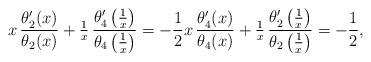
LaTeX: \begin{align*}x \, \frac{\theta_2'(x)}{\theta_2(x)} + \tfrac{1}{x} \, \frac{\theta_4' \left( \tfrac{1}{x} \right)}{\theta_4 \left( \tfrac{1}{x} \right)} = -\frac{1}{2} x \, \frac{\theta_4'(x)}{\theta_4(x)} + \tfrac{1}{x} \, \frac{\theta_2' \left( \tfrac{1}{x} \right)}{\theta_2 \left( \tfrac{1}{x} \right)} = -\frac{1}{2},\end{align*}